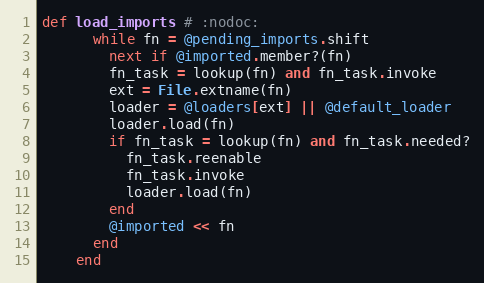
Language: Ruby
def load_imports # :nodoc:
      while fn = @pending_imports.shift
        next if @imported.member?(fn)
        fn_task = lookup(fn) and fn_task.invoke
        ext = File.extname(fn)
        loader = @loaders[ext] || @default_loader
        loader.load(fn)
        if fn_task = lookup(fn) and fn_task.needed?
          fn_task.reenable
          fn_task.invoke
          loader.load(fn)
        end
        @imported << fn
      end
    end